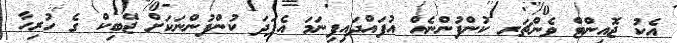
އެކު ޖޮއިންޓް ވެންޗަރ ކުންފުންނެއް އުފައްދައިފިނަމަ އެފަދަ ކުންފުންނަކަށް ޖޭބިކް ގެ ހުރިހާ